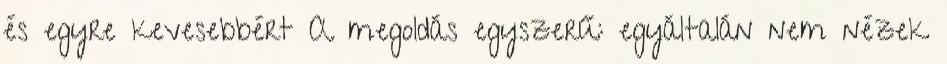
és egyre kevesebbért A megoldás egyszerű: egyáltalán nem nézek